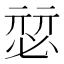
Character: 𰑴